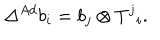
\Delta ^ { A d } b _ { i } = b _ { j } \otimes T ^ { j } { } _ { i } .